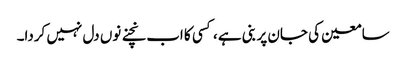
سامعین کی جان پر بنی ہے ، کسی کا اب نچنے نوں دل نہیں کردا۔